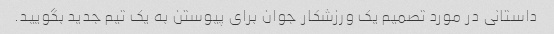
داستانی در مورد تصمیم یک ورزشکار جوان برای پیوستن به یک تیم جدید بگویید.